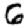
Digit: 6